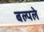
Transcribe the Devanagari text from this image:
बल्पले